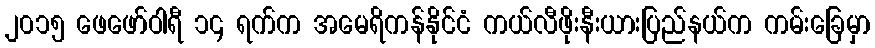
၂၀၁၅ ဖေဖော်ဝါရီ ၁၄ ရက်က အမေရိကန်နိုင်ငံ ကယ်လီဖိုးနီးယားပြည်နယ်က ကမ်းခြေမှာ